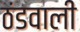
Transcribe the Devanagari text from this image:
ठंडवाली